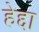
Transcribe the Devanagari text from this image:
हेद्दा